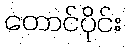
တောင်ပိုင်း